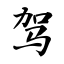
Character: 驾